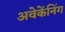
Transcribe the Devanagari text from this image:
अवेकेंनिंग